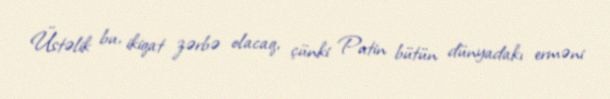
Üstəlik bu, ikiqat zərbə olacaq, çünki Putin bütün dünyadakı erməni